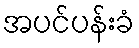
အပင်ပန်းခံ